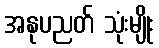
အနုပညတ် သုံးမျိုး